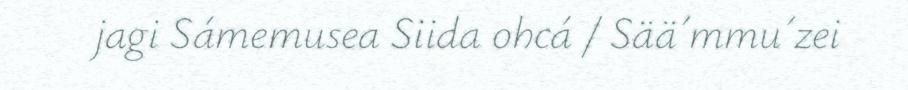
jagi Sámemusea Siida ohcá / Sää´mmu´zei